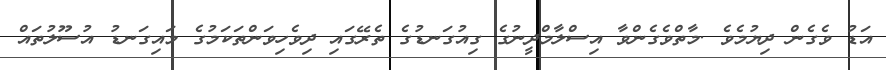
އަޑު ވެގެން ދިޔުމެވެ .މާތްވެގެންވާ އިސްލާމްދީނުގެ ގިއުގަނޑުގެ ތެރޭގައި ދިވެހިވަންތަކަމުގެ މައިގަނޑު އުސޫލުތައް